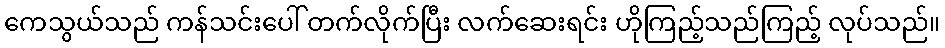
ကေသွယ်သည် ကန်သင်းပေါ် တက်လိုက်ပြီး လက်ဆေးရင်း ဟိုကြည့်သည်ကြည့် လုပ်သည်။